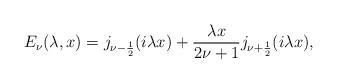
\begin{align*} E_\nu(\lambda,x)=j_{\nu-\frac{1}{2}}(i\lambda x)+\frac{\lambda x}{2\nu+1}j_{\nu+\frac{1}{2}}(i\lambda x),\end{align*}